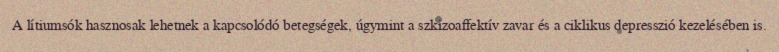
A lítiumsók hasznosak lehetnek a kapcsolódó betegségek, úgymint a szkizoaffektív zavar és a ciklikus depresszió kezelésében is.